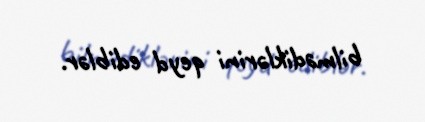
bilmədiklərini qeyd ediblər.